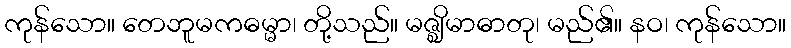
ကုန်သော။ တေဘူမကဓမ္မာ၊ တို့သည်။ မဇ္ဈိမာဓာတု၊ မည်၏။ နဝ၊ ကုန်သော။